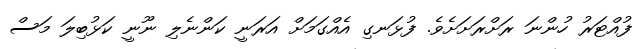
ފުއްޓަރު ހުންނަ ރަށްރަށަށެވެ. ފުޅަނގި އެއްގަމަށް އަރަނީ ކަންނެލި ނޫނީ ކަޅުބިލަ މަސް